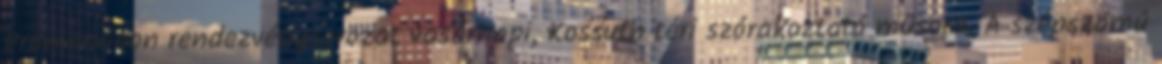
Promenádon rendezvénysorozat vasárnapi, Kossuth téri szórakoztató műsora. A szépszámú